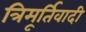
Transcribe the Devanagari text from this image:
त्रिमूर्तिवादी